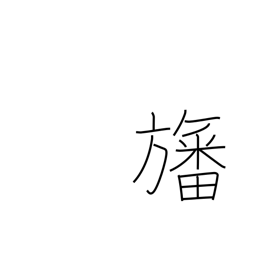
Meaning: flag